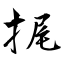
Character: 捤